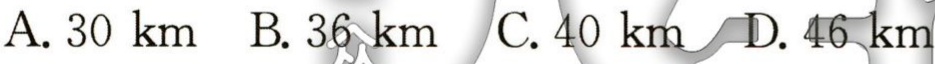
A. \(30\ km\)  B. \(36\ km\)  C. \(40\ km\)  D. \(46\ km\)